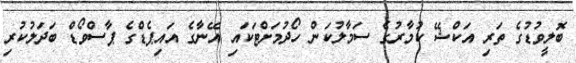
ބޮލީވުޑުގެ ތަރި އަކްޝޭ ކުމާރުގެ ސަމާލުކަން ހޯދުމަށްޓަކައި އޭނާގެ އައިޕެޑްގެ ޕާސްވޯޑް ބަދަލުކުރި